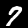
Digit: 7